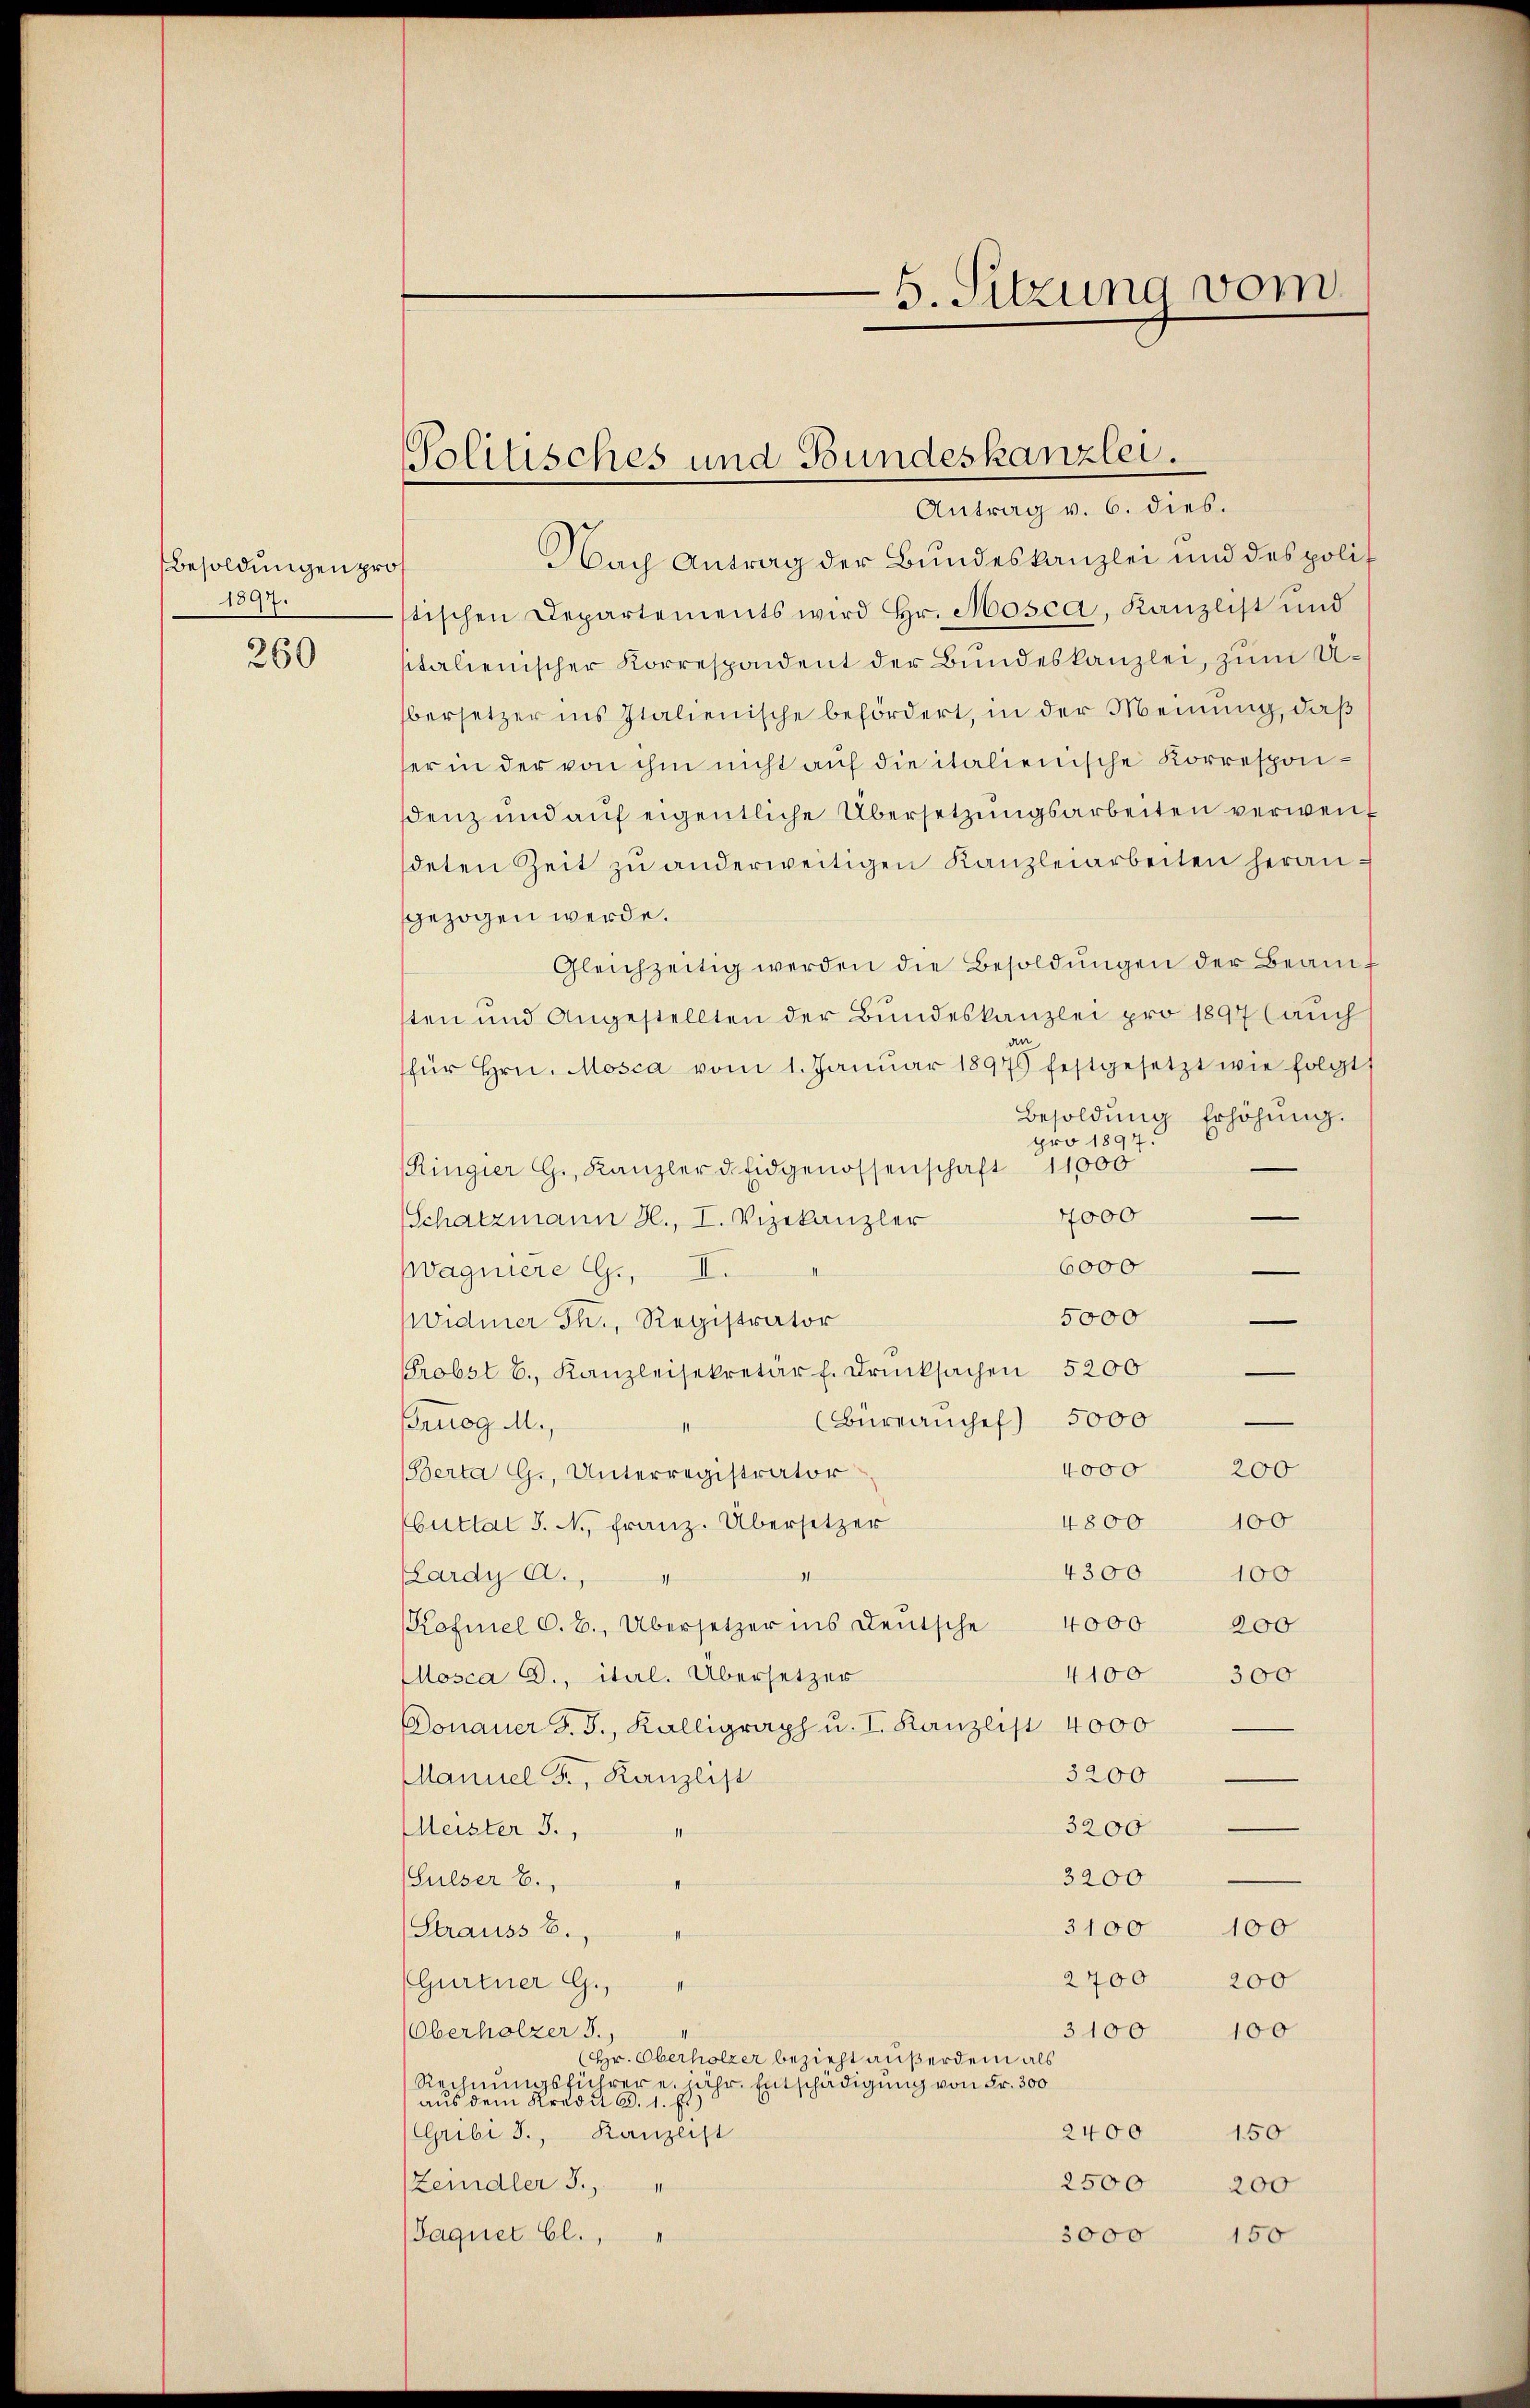
Besoldungen pro
1897.

260

-S. Sitzung vom

Politisches und Bundeskanzlei.
Antrag v. 6. dies.

Nach Antrag der Bundeskanzlei und des polistischen Departements wird Hr. Mosca, Kanzlist und
sitalienischer Korrespondent der Bundeskanzlei, zum Ubersetzer ins Italienische befördert, in der Meinung, daß
ser in der von ihm nicht auf die italienische Korrespondenz und auf eigentliche Übersetzungsarbeiten verwendeten Zeit zŭ anderweitigen Kanzleiarbeiten herangezogen werde.
Gleichzeitig werden die Besoldŭngen der Beamt
ten und Angestellten der Bundeskanzlei pro 1897 (auch
für hrn. Mosca vom 1. Janŭar 18975 festgesetzt wie folgt
Besoldung Erhöhŭng.
pro 1897.
Ringier G., Kanzler d. Eidgenossenschaft 11000
4000
Schatzmann H., I. Vizekanzler
6000
.
pvagniere G., II.
5000
Widmer Th., Registrator
Probst b. Kanzleisekretär f. Drucksachen 5200
(Büreaŭchef) 5000
Bruog M.,
1
4000
200
Berta G., Unterregistrator
4800 100
buttal S. N., Franz. Übersetzer
4300 100
Pardy A.,
he
Kofmnel C.B., Übersetzer ins Deutsche 4000
200
4100
osca D., ital. Übersetzer
300
Donauer J. J., Kalligraph u. I. Kanzlist 4000
3200
Manuel F., Kanzlist
3200
Meister 3.,
1
3200
Gulser B.,
3100 100
Strauss 8.
2700
200
Gurtner G.
s
3100
Oberholzer d.
100
(Hr. Oberholzer bezieht außerdem als
Rechnungsführere jähr. Entschädigung von Fr. 300
aus dem Kredi d. 1. Es
150
2400
(Gribi J., Kanzlist
2500
Zeindler J.
200
3000
Paquet bl.,
150